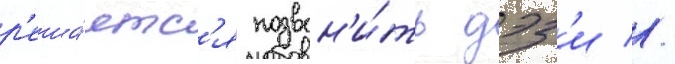
р'еша́етс'я позвон'и́ть дэз'и //